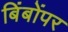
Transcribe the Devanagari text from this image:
बिंबोंपर